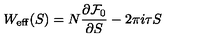
W _ { \mathrm { e f f } } ( S ) = N \frac { \partial { \cal F } _ { 0 } } { \partial S } - 2 \pi i \tau S